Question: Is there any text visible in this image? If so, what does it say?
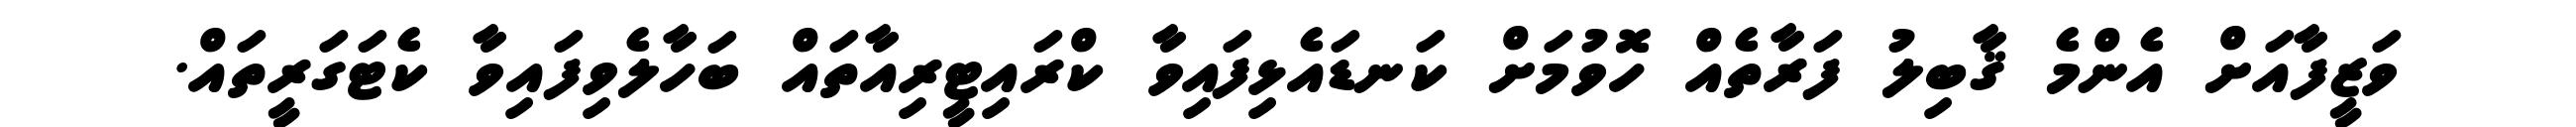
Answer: ވަޒީފާއަށް އެންމެ ޤާބިލު ފަރާތެއް ހޮވުމަށް ކަނޑައެޅިފައިވާ ކްރައިޓީރިއާތައް ބަހާލެވިފައިވާ ކެޓަގަރީތައް.